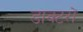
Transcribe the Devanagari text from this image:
डाक्‍टरों